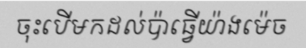
ចុះបើមកដល់ប៉ាធ្វើយ៉ាងម៉េច